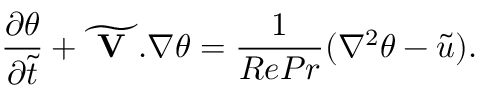
{ \frac { \partial \theta } { \partial \widetilde { t } } } + \widetilde { \textbf { V } } . \nabla \theta = { \frac { 1 } { R e P r } } ( \nabla ^ { 2 } \theta - \widetilde { u } ) .